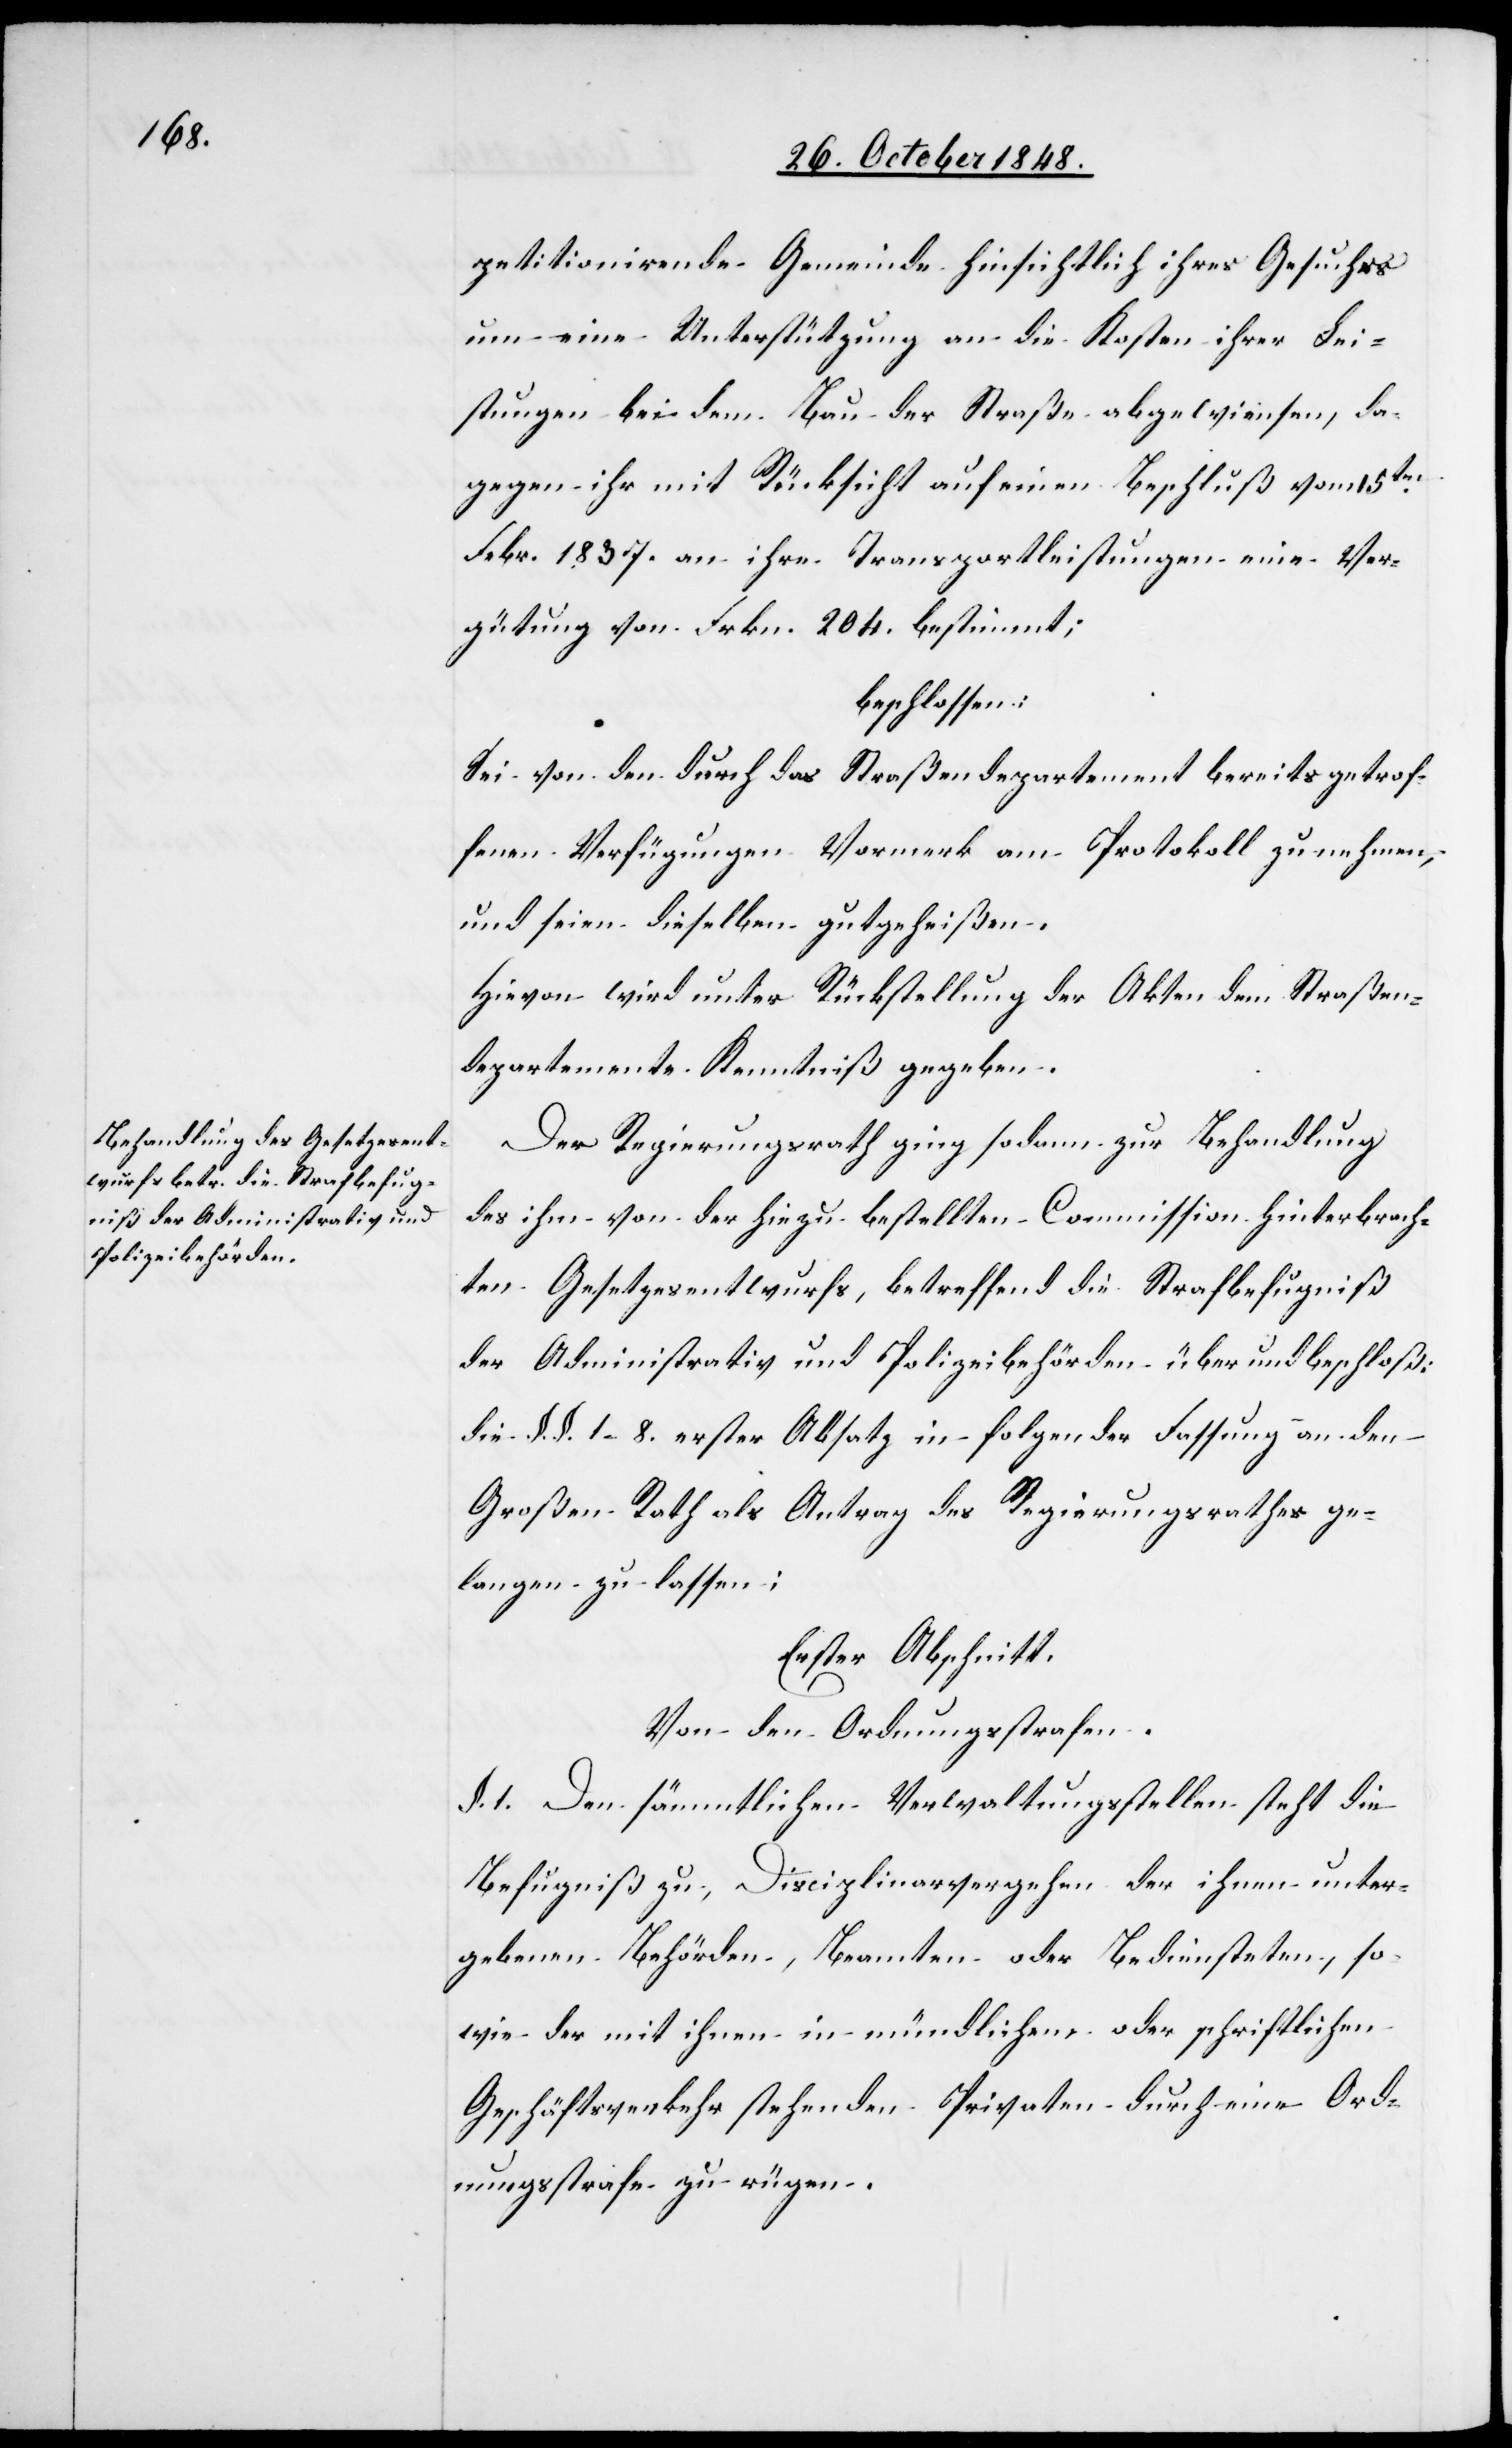
petitionirende Gemeinde hinsichtlich ihres Gesuches
um eine Unterstützung an die Kosten ihrer Lei¬
stungen bei dem Bau der Straße abgewiesen, da¬
gegen ihr mit Rücksicht auf einen Beschluß vom 15ten
Febr. 1837. an ihre Transportleistungen eine Ver¬
gütung von Frkn. 204. bestimmt;
beschlossen:
Sei von den durch das Straßendepartement bereits getrof¬
fenen Verfügungen Vormerk am Protokoll zu nehmen,
und seien dieselben gutgeheißen.
Hievon wird unter Rückstellung der Akten dem Straßen¬
departemente Kenntniß gegeben.
Der Regierungsrath ging sodann zur Behandlung
des ihm von der hiezu bestellten Commission hinterbrach¬
ten Gesetzesentwurfs, betreffend die Strafbefugniß
der Administrativ und Polizeibehörden über und beschloß:
die §. §. 1–8. erster Absatz in folgender Fassung an den
Großen Rath als Antrag des Regierungsrathes ge¬
langen zu lassen:
Erster Abschnitt.
Von den Ordnungsstrafen.
§. 1. den sämmtlichen Verwaltungsstellen stehe die
Befugniß zu, Disciplinarvergehen der ihnen unter¬
gebenen Behörden, Beamten oder Bediensteten, so¬
wie der mit ihnen in mündlichem oder schriftlichen
Geschäftsverkehr stehenden Privaten durch eine Ord¬
nungsstrafe zu rügen.